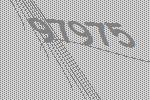
97975